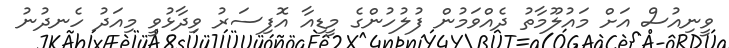
ވީނިއުސް އަށް މައުލޫމާތު ދެއްވަމުން ފުލުހުންގެ މީޑިއާ އޮފިސަރު ވިދާޅުވީ މިއަދު ހެނދުނު